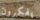
يفكرون